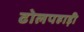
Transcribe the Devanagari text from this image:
ढोलपहाड़ी